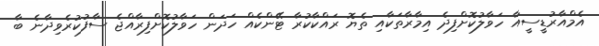
އެމްއާރުޑީސީއާ ހަވާލުކޮށްފިދެ އިމާރާތަކާއި ތެޔޮ ރައްކާކުރާ ޓޭންކެއް ހަދަން ހަވާލުކޮށްފިރާއްޖެ ސާފުކުރެވިދާނެ ބާ